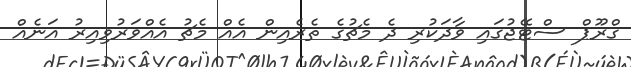
ގްރޫޕް ސްޓޭޖުގައި ވާދަކުރި ދެ މެޗުގެ ތެރެއިން އެއް މެޗު އެއްވަރުވިއިރު އަނެއް